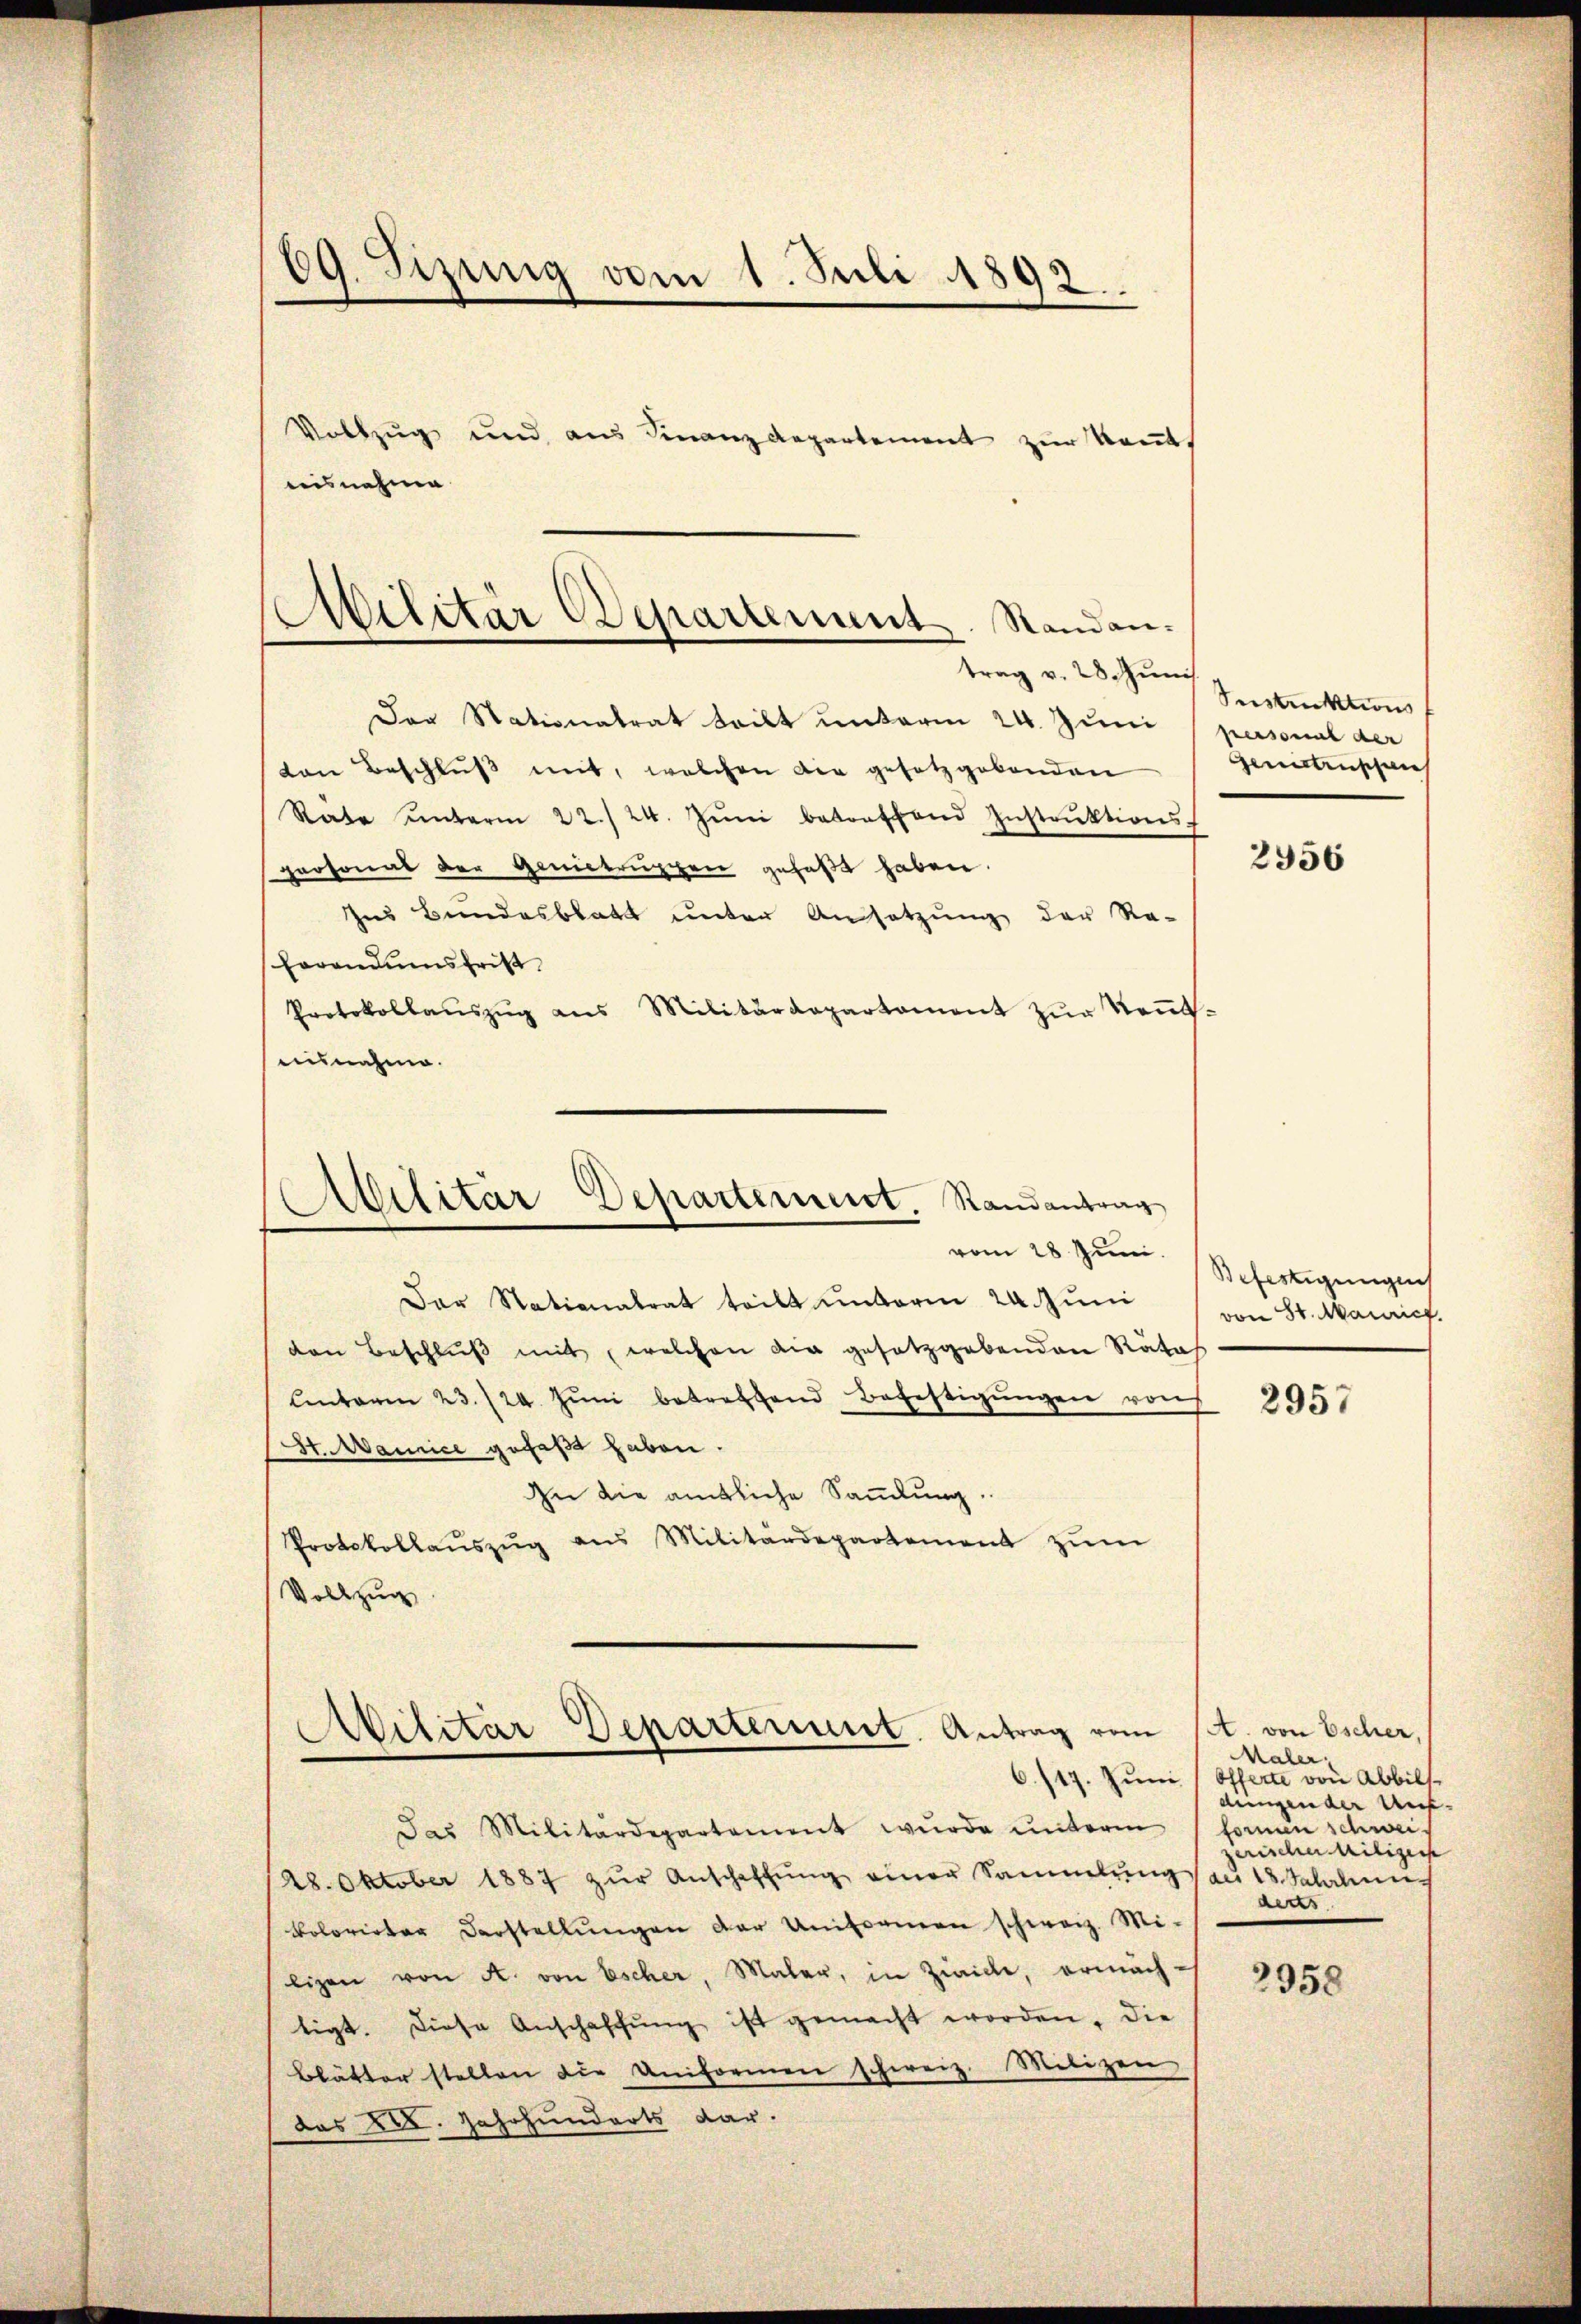
69. Sizung vom 1. Juli 1892.

Militär Departement. Sandantrag v. 28. Juni

Vollzug und aus Finanz Repartement zŭr Keṅt
nisnehme
Der Stationalrat tritt unterm 24. Juni
ton Beschlŭβ mit, welchen die gesetzgebenden
Rate unterm 22./24. Jŭni betreffend Instrŭktions-
personal der Genitruppen gefaßt haben.
Ins Bundesblatt unter Ansatzung der Re-
Forandumsfrist
Protokollaŭszŭg ans Militärdepartament zŭr Keṅt-
eisnahme.

Alilitär-Departement. Randantrag
vom 28 Juni.

Avilitar Departerunt. Antrag vom

Der Nationalrat teilt unterm 24. Juni
ven Beschlŭβ mit, welchen die gesetzgebenden Rata
Unterm 23./24. Juni betreffend Befestigungen von
St. Mairice gefaßt haben.
In die amtliche Sammlung
Protokollaŭszŭg ans Militärdepartement zŭm
Vollzug

das Militärdepartement wurde unterm können schwei-
128. Oktober 1887 zŭr Anschaffŭng einer Sammlung au 18 Salatnn
kolorirter Darstellŭngen der Uniformen schweiz. Mi-
ligen von A. von Escher, Maler, in Ziville, ermäch-
tigt. Diese Anschaffŭng ist gemacht worden. Die
Blätter stellen die Uniformen schweiz. Milizen
das 20. Jahrhunderts dar.

Sistinktions
personal der
Genitenschen

2956

Befertigungen
von 84. Manrich.

2957

A. von Escher,
MMaler,
6./17. Juni (Offerte von Abbilf
dingen der Unzerischer weitiger
derts

2958